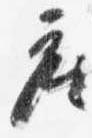
座